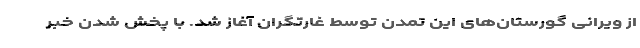
از ویرانی گورستان‌های این تمدن توسط غارتگران آغاز شد. با پخش شدن خبر